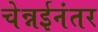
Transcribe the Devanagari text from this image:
चेन्नईनंतर